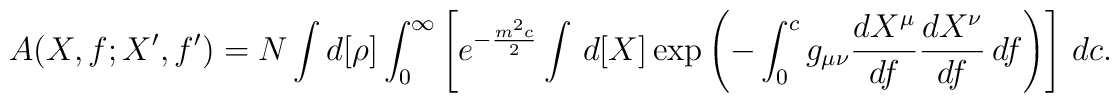
A(X,f;X',f')=N\int d[\rho]\int_0^{\infty} \left[e^{-\frac{m^2c}{2}}\int\,d[X]\exp\left(-\int_0^cg_{\mu\nu}\frac{dX^\mu}{df}\frac{dX^\nu}{df}\,df\right)\right]\,dc\:.\nonumber